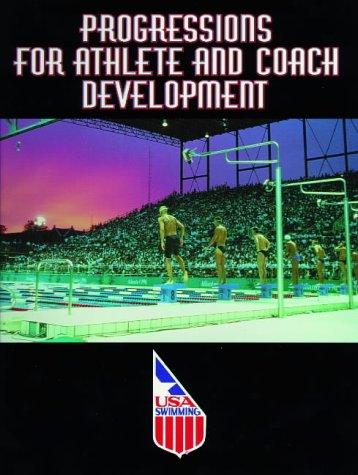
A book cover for Progressions for Athlete and Coach Development; USA Swimming; Health, Fitness & Dieting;